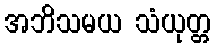
အဘိသမယ သံယုတ္တ